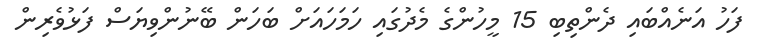
ފަހު އަނެއްބައި ދެންތިބި 15 މީހުންގެ މެދުގައި ހަމަހައަށް ބަހަން ބޭނުންވިޔަސް ފަޅުވެރިން